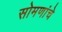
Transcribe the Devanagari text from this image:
सोमणांचे